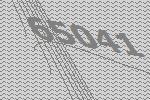
65041